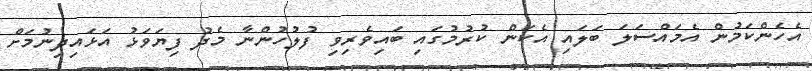
އެހެންކަމުން އެމައްސަލަ ބަލައި އެކަން ކުރުމުގައި ބައިވެރިވި ފުލުހުންނާ މެދު ފިޔަވަޅު އަޅައިދިނުމަށް